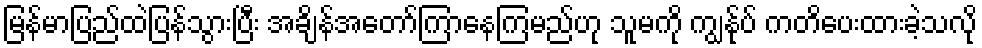
မြန်မာပြည်ထဲပြန်သွားပြီး အချိန်အတော်ကြာနေကြမည်ဟု သူမကို ကျွန်ုပ် ကတိပေးထားခဲ့သလို